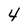
Character: 4